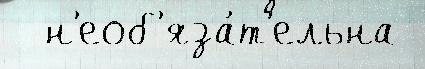
  н'еоб'яза́т'ельна